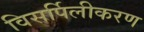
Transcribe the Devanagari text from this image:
विसर्पिलीकरण